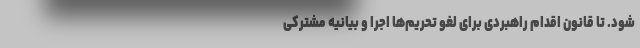
شود. تا قانون اقدام راهبردی برای لغو تحریم‌ها اجرا و بیانیه مشترکی